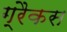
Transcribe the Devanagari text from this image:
ग्रैकस